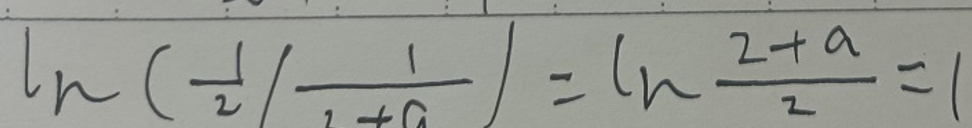
\[
\ln\left(\frac{1}{2}/\frac{1}{2 + a}\right)=\ln\frac{2 + a}{2}=1
\]